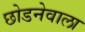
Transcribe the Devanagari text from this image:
छोडनेवाला